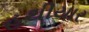
હથીયાર